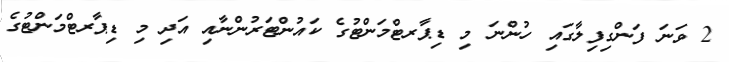
2 ވަނަ ފަންގިފިލާގައި ހުންނަ މި ޑިޕާރޓްމަންޓުގެ ކައުންޓަރުންނާއި އަދި މި ޑިޕާރޓްމަންޓުގެ